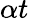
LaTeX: \alpha t